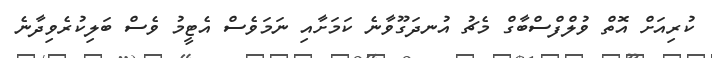
ކުރިއަށް އޮތް ވުލްފްސްބާގް މެޗު އުނދަގޫވާނެ ކަމަށާއި ނަމަވެސް އެޓީމު ވެސް ބަލިކުރެވިދާނެ